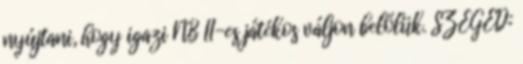
nyújtani, hogy igazi NB II-es játékos váljon belőlük. SZEGED: